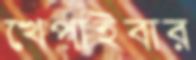
খেপাইবার